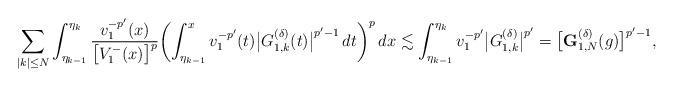
LaTeX: \begin{align*}\sum_{|k|\le N}\int_{\eta_{k-1}}^{\eta_k} \frac{v_1^{-p'}(x)}{\bigl[V_1^-(x)\bigr]^{p}} \biggl(\int_{\eta_{k-1}}^xv_1^{-p'}(t)\bigl|G^{(\delta)}_{1,k}(t)\bigr|^{p'-1}\,dt\biggr)^p\,dx\lesssim\int_{\eta_{k-1}}^{\eta_k}v_1^{-p'}\bigl|G_{1,k}^{(\delta)}\bigr|^{p'}=\bigl[\mathbf{G}^{(\delta)}_{1,N}(g)\bigr]^{p'-1},\end{align*}